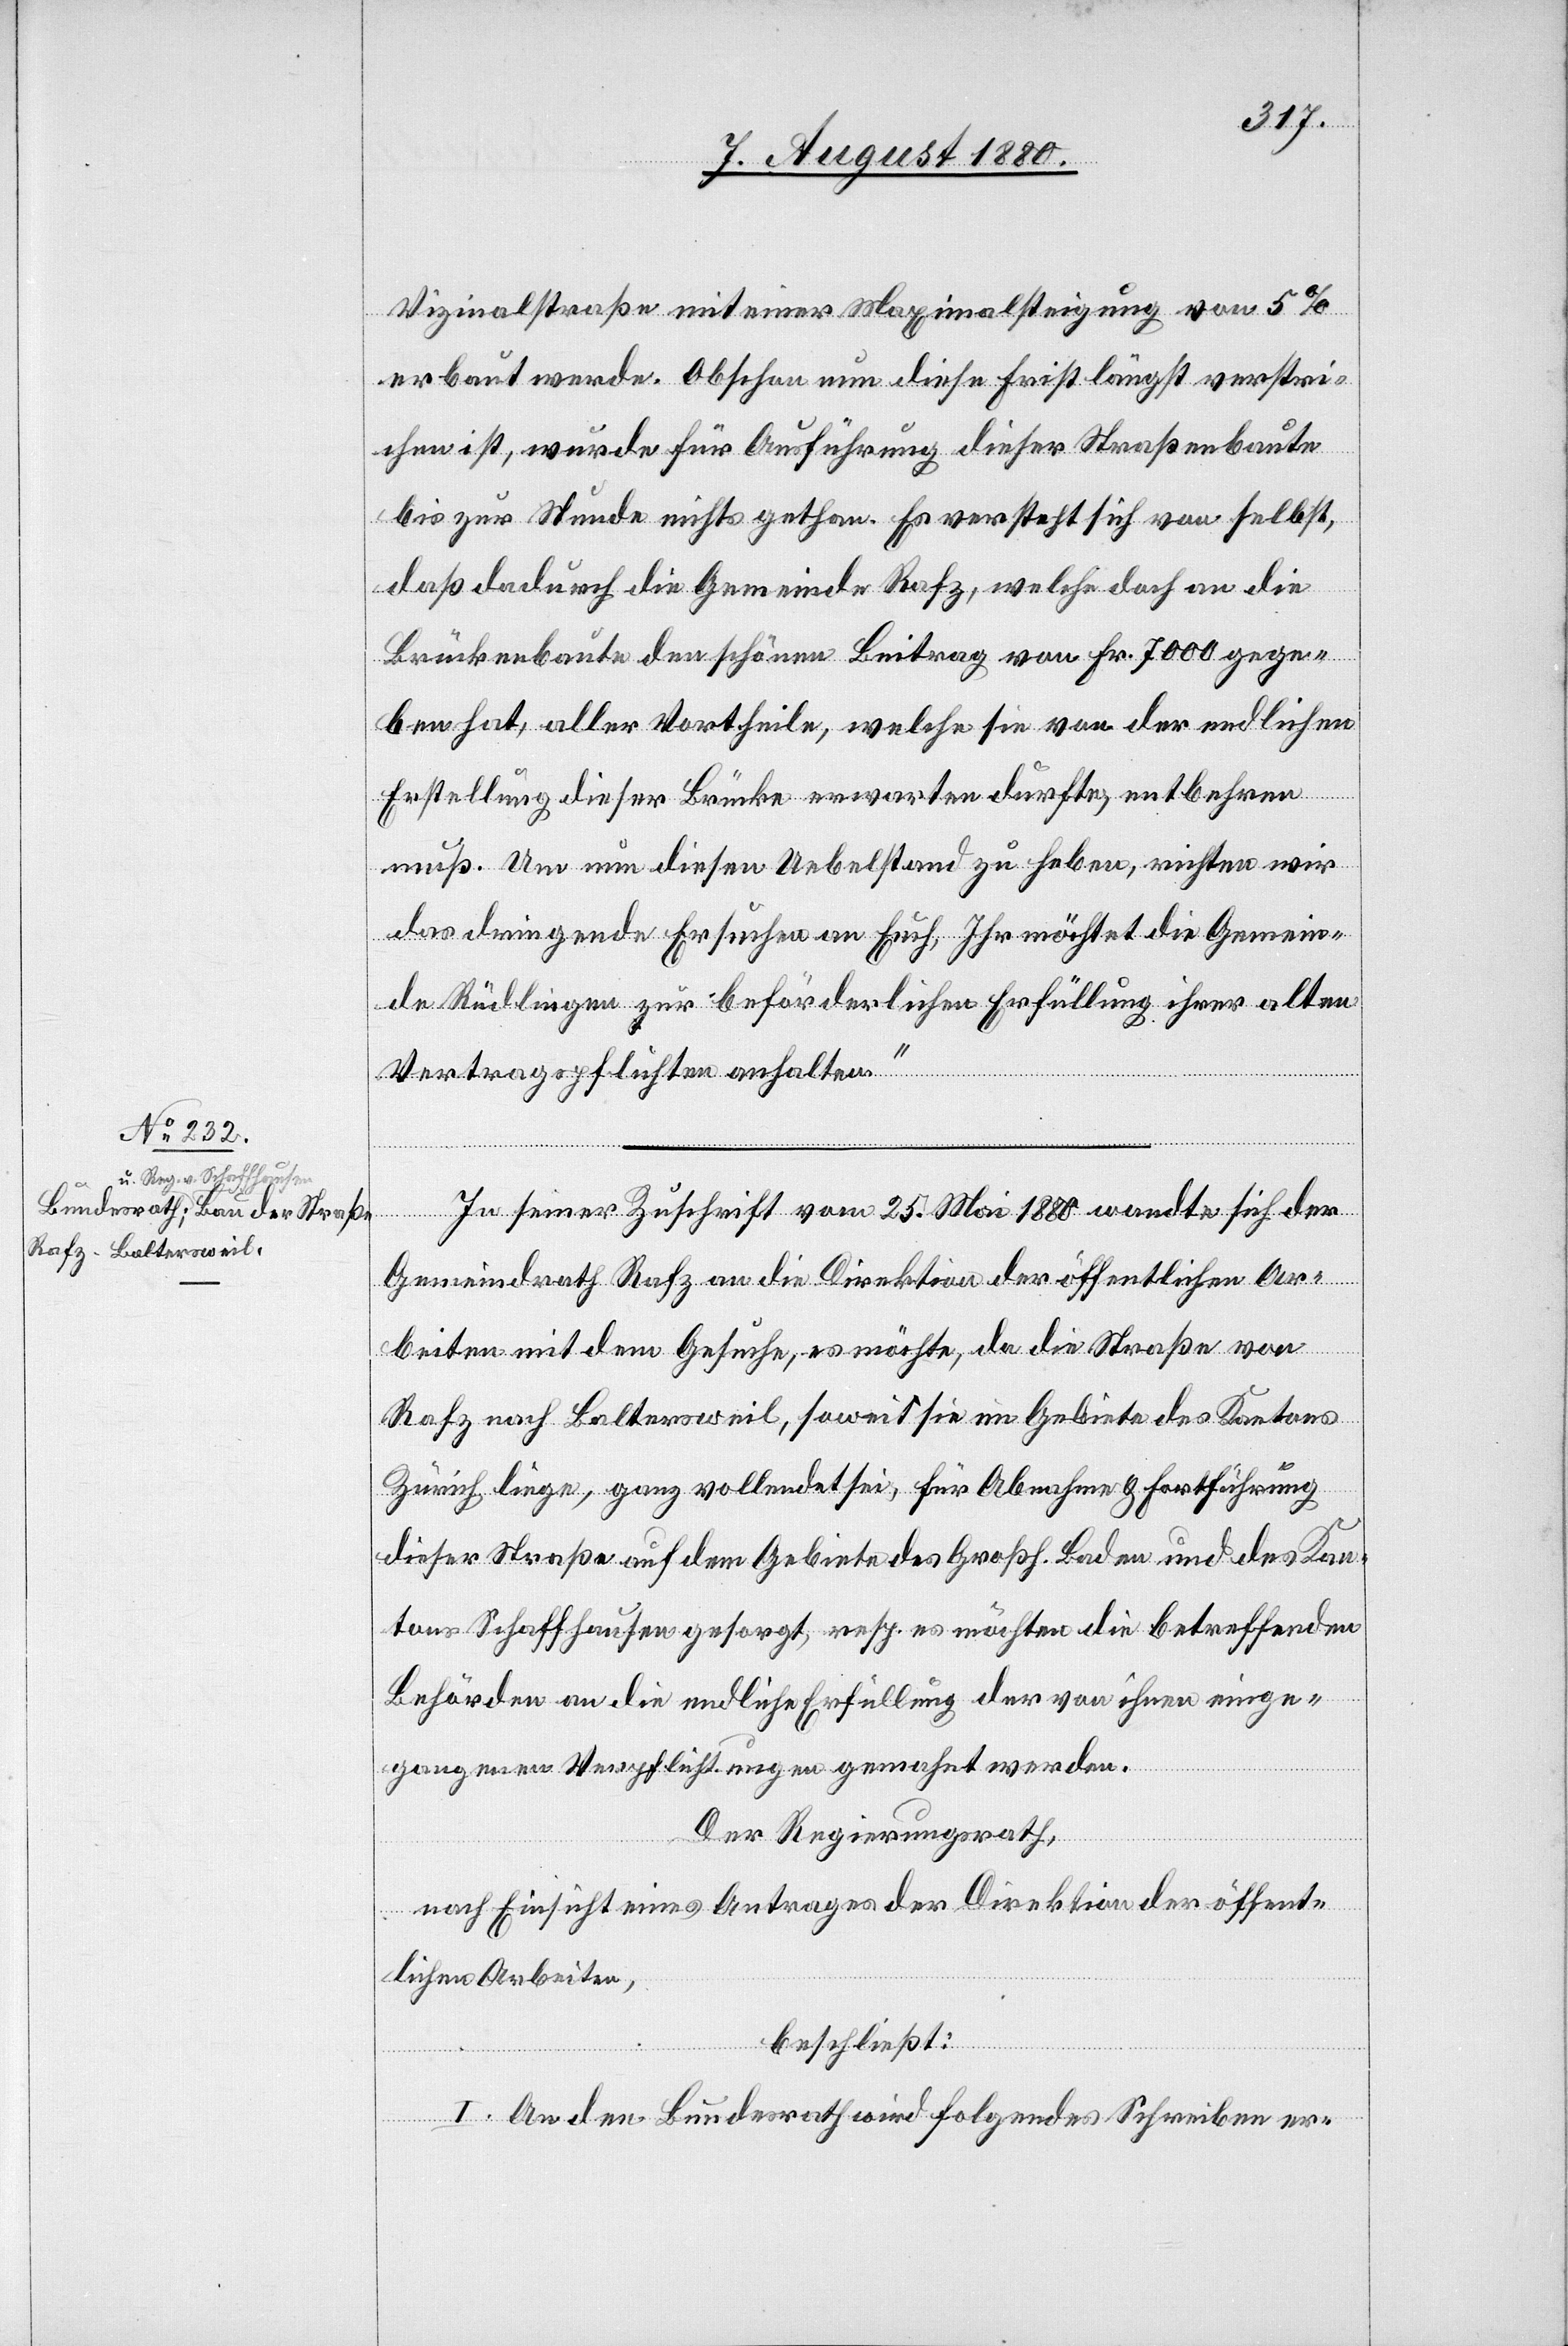
Vizinalstraße mit einer Maximalsteigung von 5%
erbaut werde. Obschon nun diese Frist längst verstri¬
chen ist, wurde für Ausführung dieser Straßenbaute
bis zur Stunde nichts gethan. Es versteht sich von selbst,
daß dadurch die Gemeinde Rafz, welche doch an die
Brückenbaute den schönen Beitrag von Fr. 7000 gege¬
ben hat, aller Vortheile, welche sie von der endlichen
Erstellung dieser Brücke erwarten durfte, entbehren
muß. Um nun diesen Uebelstand zu heben, richten wir
das dringende Ersuchen an Euch, Ihr möchtet die Gemein¬
de Rüdlingen zur beförderlichen Erfüllung ihrer alten
Vertragspflichten anhalten.“
In seiner Zuschrift vom 25. Mai 1880 wandte sich der
Gemeindrath Rafz an die Direktion der öffentlichen Ar¬
beiten mit dem Gesuche, es möchte, da die Straße von
Rafz nach Baltersweil, soweit sie im Gebiete des Kantons
Zürich liege, ganz vollendet sei, für Abnahme & Fortführung
dieser Straße auf dem Gebiete des Großh. Baden und des Kan¬
tons Schaffhausen gesorgt, resp. es möchten die betreffenden
Behörden an die endliche Erfüllung der von ihren einge¬
gangenen Verpflichtungen gemahnt werden.
Der Regierungsrath,
nach Einsicht eines Antrages der Direktion der öffent¬
lichen Arbeiten,
beschließt:
I. An den Bundesrath wird folgendes Schreiben er-